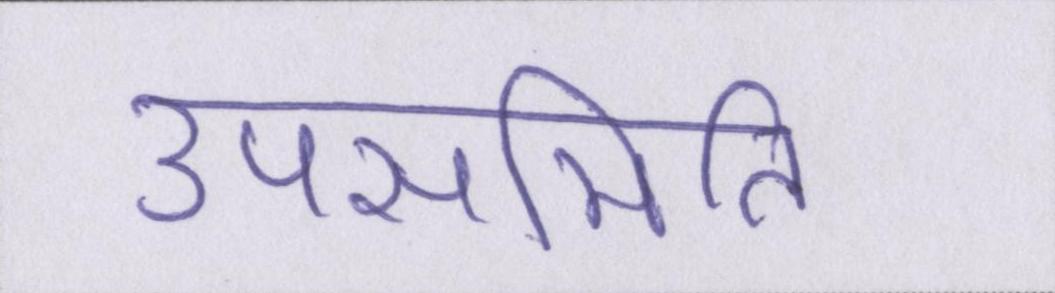
उपसमिति